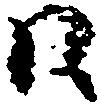
江